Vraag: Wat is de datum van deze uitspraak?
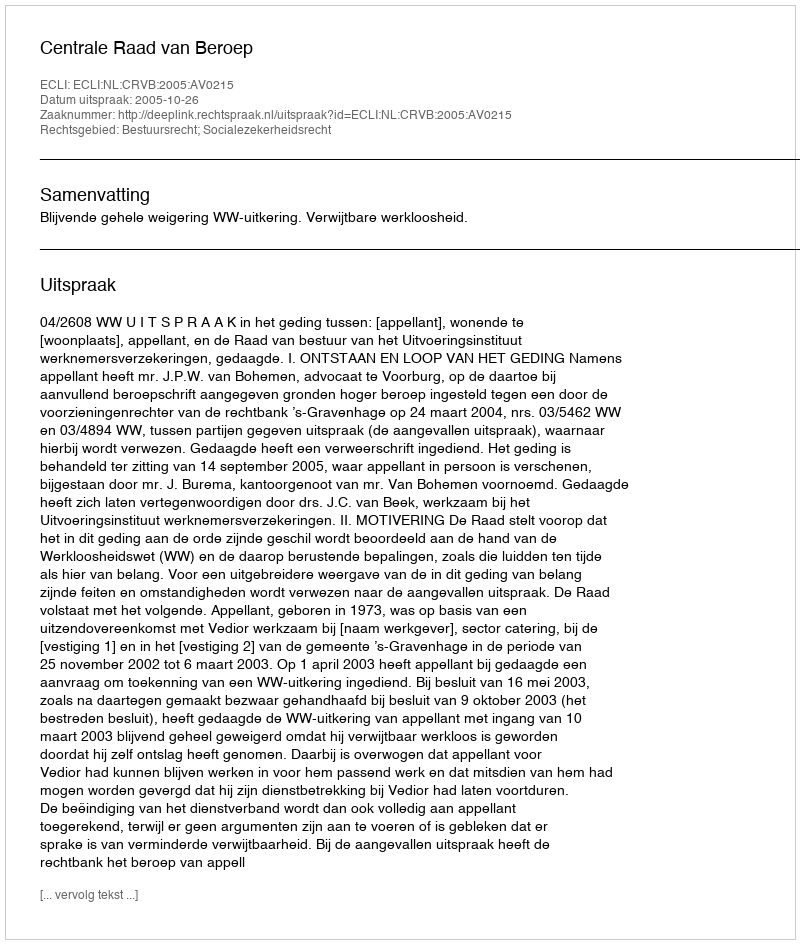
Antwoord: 2005-10-26